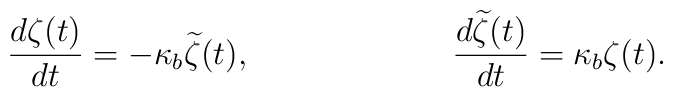
\frac{d\zeta(t)}{dt} = -\kappa_b{\widetilde \zeta}(t),\hspace{1.0in}\frac{d{\widetilde \zeta}(t)}{dt} = \kappa_b\zeta(t).